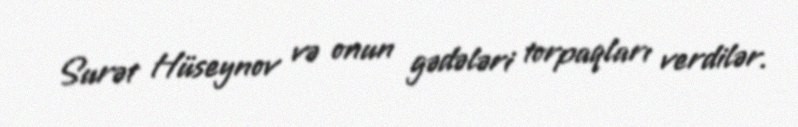
Surət Hüseynov və onun gədələri torpaqları verdilər.